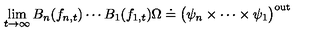
\lim _ { t \rightarrow \infty } B _ { n } ( f _ { n , t } ) \cdots B _ { 1 } ( f _ { 1 , t } ) \Omega \doteq \big ( \psi _ { n } \times \cdots \times \psi _ { 1 } \big ) ^ { \mathrm { o u t } } \,